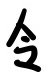
令